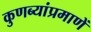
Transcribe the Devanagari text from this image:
कुणब्यांप्रमाणें